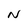
Character: N